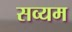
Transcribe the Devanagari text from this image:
सव्यम